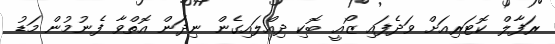
ރަފާލް ކޮޓަރިއަށް ވަދެފައި ޒޯއީ ބޮކި ދިއްލައިގެން ނިދަން އޮތްވާ ފެނުމުން މަޑު